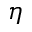
\eta